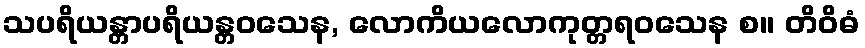
သပရိယန္တာပရိယန္တဝသေန, လောကိယလောကုတ္တရဝသေန စ။ တိဝိဓံ